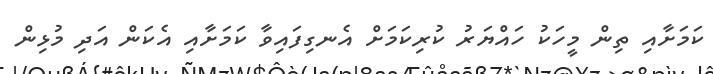
ކަމަށާއި ތިން މީހަކު ހައްޔަރު ކުރިކަމަށް އެނގިފައިވާ ކަމަށާއި އެކަން އަދި މުޅިން